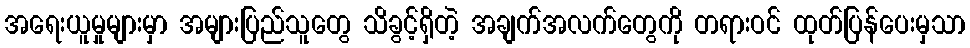
အရေးယူမှုများမှာ အများပြည်သူတွေ သိခွင့်ရှိတဲ့ အချက်အလက်တွေကို တရားဝင် ထုတ်ပြန်ပေးမှသာ